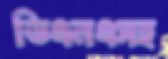
ডিএনএসহ